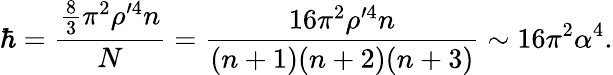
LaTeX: \hbar=\frac{\frac{8}{3}\pi^{2}\rho^{\prime 4}n}{N}=\frac{16\pi^{2}\rho^{\prime 4}n}{(n+1)(n+2)(n+3)}\sim 16\pi^{2}\alpha^{4}.